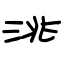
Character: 洮